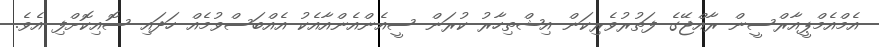
އެމްއެމްޕީއާރްސީން ރާއްޖޭގެ ފަތުރުވެރިކަން އިޝްތިހާރު ކުރަން ސީއެންއެންއާއެކު އެއްބަސްވުމެއް ހަދައި ސޮއިކޮށްފި އެވެ.